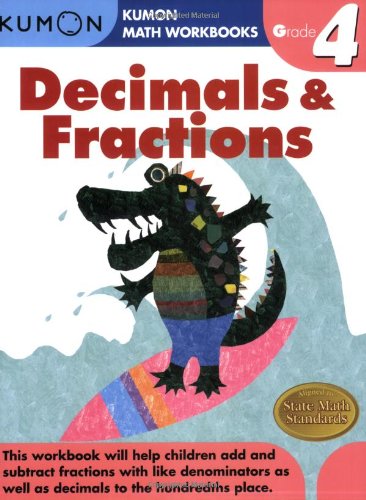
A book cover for Grade 4 Decimals & Fractions (Kumon Math Workbooks); Kumon Publishing; Children's Books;